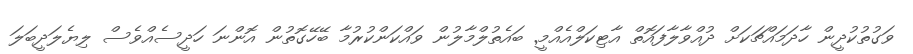
ވަގުތުކުދީން ހާދަމައްޗަކަށް ދުއްވާލާފައޮތް އާޓިކަލްއެއްމީ